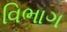
વિભાગ